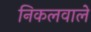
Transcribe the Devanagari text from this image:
निकलवाले